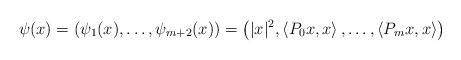
LaTeX: \begin{align*}\psi(x)=\left(\psi_1(x),\ldots,\psi_{m+2}(x)\right)=\left(|x|^2,\left<P_0x,x\right>,\ldots,\left<P_mx,x\right>\right)\end{align*}